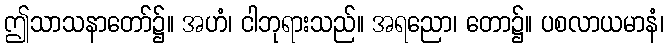
ဤသာသနာတော်၌။ အဟံ၊ ငါဘုရားသည်။ အရညော၊ တော၌။ ပစလာယမာနံ၊